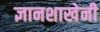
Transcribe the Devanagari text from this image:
ज्ञानशाखेनी